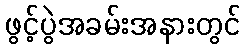
ဖွင့်ပွဲအခမ်းအနားတွင်